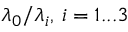
\lambda _ { 0 } / \lambda _ { i } , \, i = 1 . . . 3